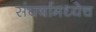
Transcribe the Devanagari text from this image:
संघर्षामध्येच